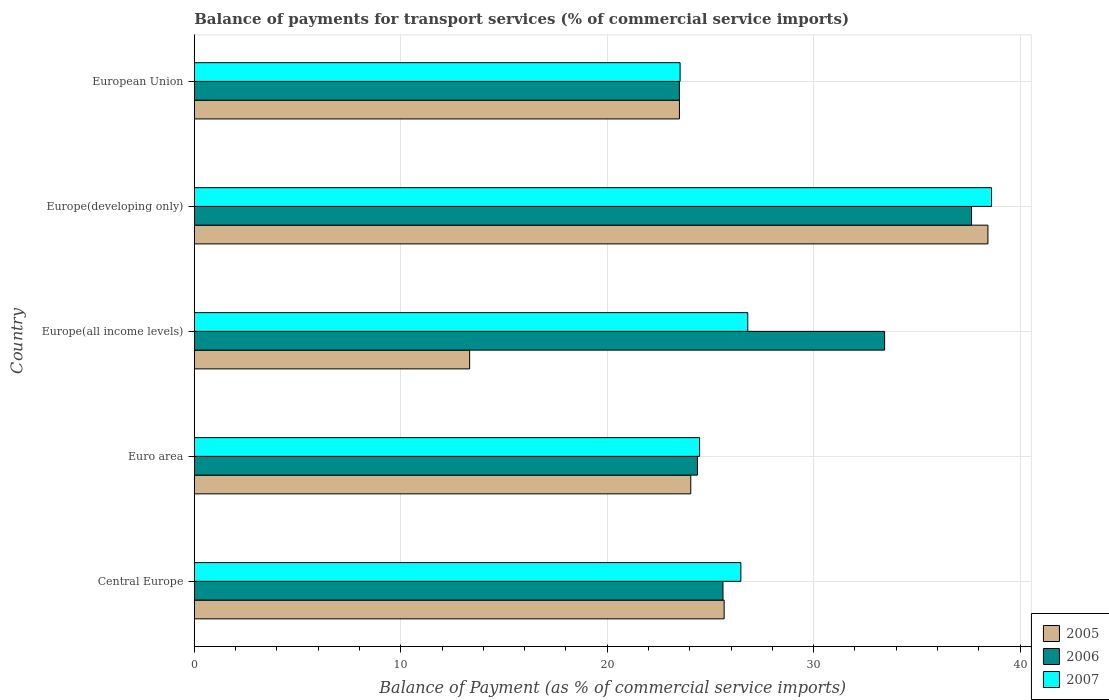
| Country | 2005 | 2006 | 2007 |
 | --- | --- | --- | --- |
 | Central Europe | 25.7 | 25.6 | 26.5 |
 | Euro area | 24 | 24.4 | 24.5 |
 | Europe(all income levels) | 13.3 | 33.4 | 26.8 |
 | Europe(developing only) | 38.4 | 37.6 | 38.6 |
 | European Union | 23.5 | 23.5 | 23.5 |